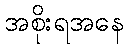
အစိုးရအနေ